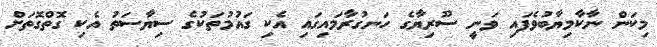
މިކަން ނާކާމިޔާބުވެފައި ވަނީ ސޫރިޔާގެ ހަނގުރާމައިގައި އެކި ގައުމުތަކުގެ ސިޔާސަތު އެކި ގޮތްގޮތަށް